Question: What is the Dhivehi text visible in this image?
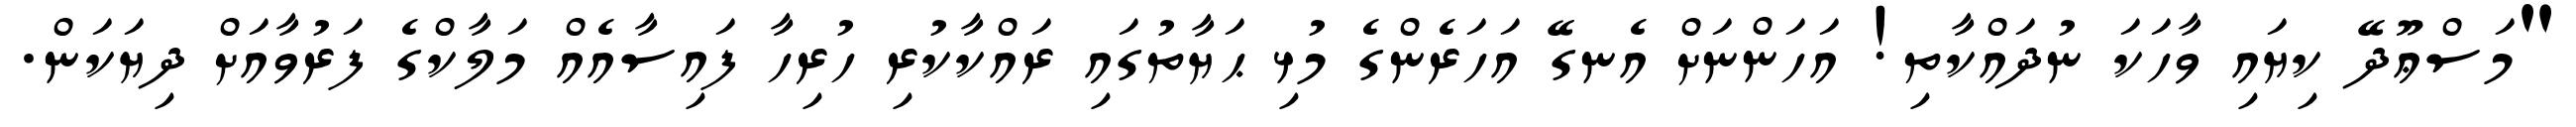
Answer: "މަސްޢޫދޭ ކިޔައި ވާހަކަ ނުދައްކާތި! އަހަންނަށް އެނގޭ އަހަރެންގެ މުޅި ޙަޔާތުގައި ރައްކާކުރި ހުރިހާ ފައިސާއެއް މަލާކްގެ ފަރުވާއަށް ދިޔަކަން.